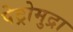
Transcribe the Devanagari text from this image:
पेट्रोमुद्रा